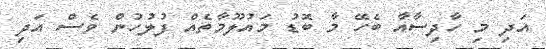
އަދި މި ހާދިސާއާ ބެހޭ މާ ބޮޑު މައުލޫމާތެއް ފުލުހުން ވެސް އަދި